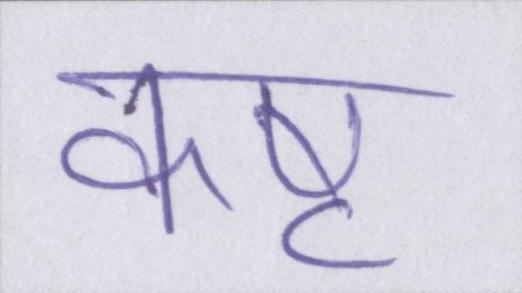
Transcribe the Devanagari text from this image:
कष्ट